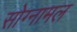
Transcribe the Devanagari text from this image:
सोग्नामल